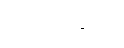
ဉာတိဂဏဝဂ္ဂံ